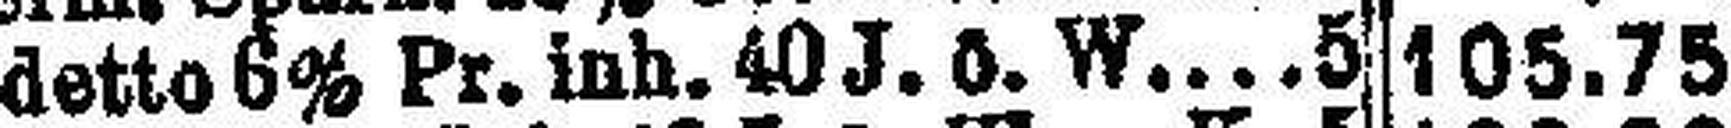
detto 6% Pr. inh. 40 J. ö. W 5